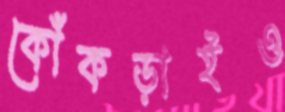
কোঁকড়াইও